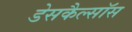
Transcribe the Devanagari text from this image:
डेसकैल्सॉस